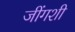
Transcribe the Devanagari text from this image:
जींगशी